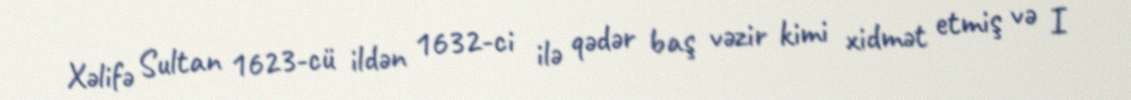
Xəlifə Sultan 1623-cü ildən 1632-ci ilə qədər baş vəzir kimi xidmət etmiş və I